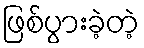
ဖြစ်ပွားခဲ့တဲ့